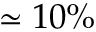
\simeq 1 0 \%